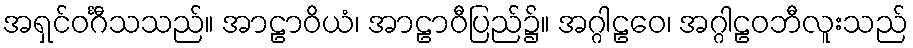
အရှင်ဝင်္ဂီသသည်။ အာဠာဝိယံ၊ အာဠာဝီပြည်၌။ အဂ္ဂါဠဝေ၊ အဂ္ဂါဠဝဘီလူးသည်